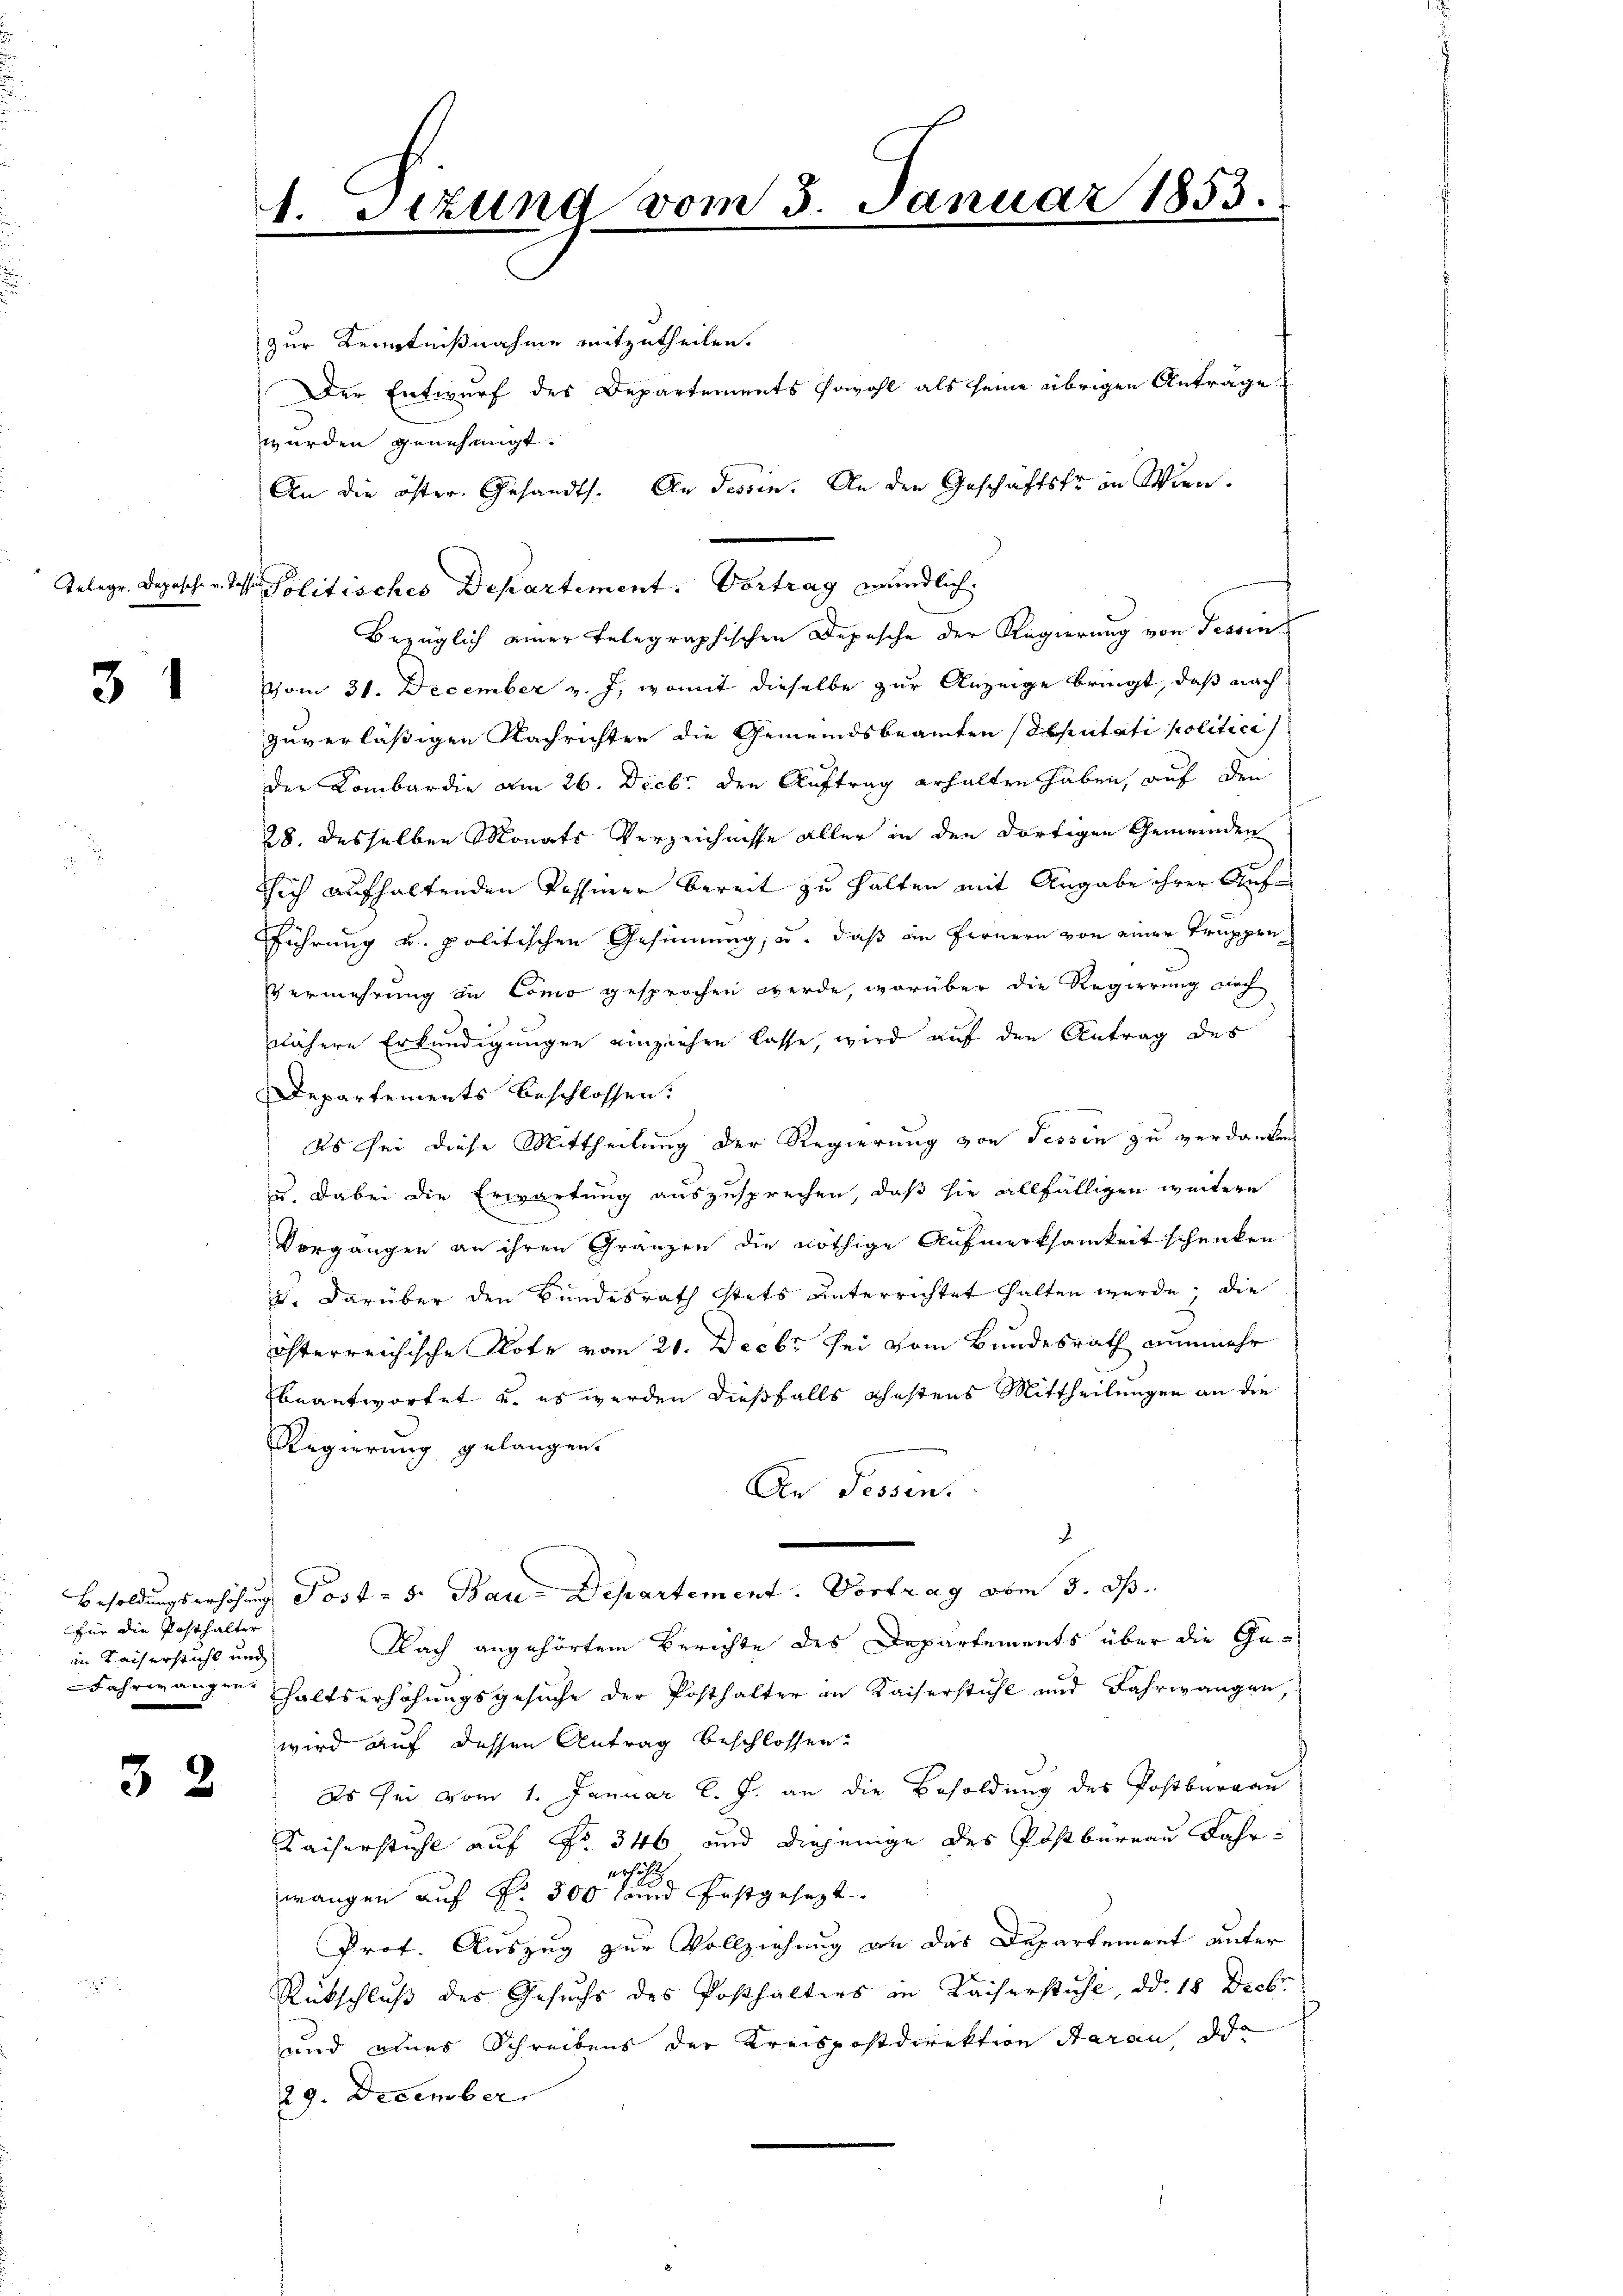
31

für die Posthalter
in Kaiserstuhl und

32

1. Sizung vom 3. Januar 1853.
.

Gelegr. Deposch v. J. Politisches Departement. Vortrag mündlich

zur Kenntnißnahme mitzutheilen.
Der Entwurf des Departements sowohl als seine übrigen Anträge
wurden genehmigt.
Bezüglich einer telegraphischen Depesche der Regierung von Tessin
vom 31. December v. J. womit dieselbe zur Anzeige bringt, daß nach
zuverlässigen Nachrichten die Gemeindsbeamten Deputati politici
der Lombardie am 26. Decbr. den Auftrag erhalten haben, auf den
28. desselben Monats Verzeichnisse aller in den dortigen Gemeinden
sich aufhaltenden Passiner bereit zu halten mit Angabe ihrer Auf¬
Führung u. politischen Gesinnung, u. daß im Fernern von einer Truppen¬
Es ermehrung in Como gesprochen werde, worüber die Regierung noch
nähere Erkundigungen einziehen lasse, wird auf den Antrag des
Departements beschlossen:
Es sei diese Mittheilung der Regierung von Tessin zu verdanken
u. dabei die Erwartung auszusprechen, daß sie allfälligen weitere
Vorgänger an ihren Gränzen die nöthige Aufmerksamkeit schenken
J. darüber den Bundesrath stets unterrichtet halten werde, die
österreichische Note vom 21. Decbr sei vom Bundesrath nunmehr
beantwortet u. es werden dießfalls ehestens Mittheilungen an die
Regierung gelangen.
An Tessin.
.
Besoldungserhöhung Post - 5. Bau-Departement. Vortrag vom 3. ds.
Nach angehörtem Berichte des Departements über die Ge¬
Fahrwangen haltserhöhungsgesuche der Posthalter an Kaiserstuhl und Fahrwangen,
wird auf dessen Antrag beschlossen:
Es sei vom 1. Januar l. J. an die Besoldung des Postburgau
Kaiserstuhl auf Fr. 346 und diejenige des Postbureau Jahr-
ersicht
wangen auf Nr. 300 fand festgesezt.
Prof. Auszug zur Vollziehung an das Departement unter
Rückschluß des Gesuchs des Posthalters in Kaiserstuhl, d. 18 Decbr.
und eines Schreibens der Kreispostdirektion daran, die
29. December

An die öster. Gesandts. An Tessin. An den Geschäftsfr in Wien.